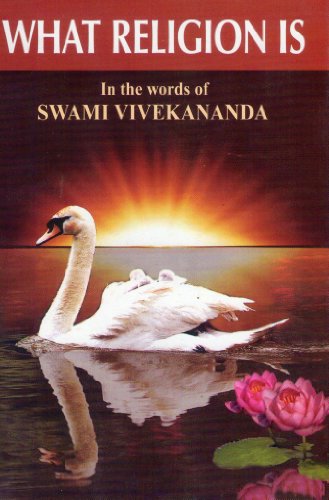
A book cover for What Religion is in the Words of Swami Vivekananda; Swami Vivekananda; Religion & Spirituality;